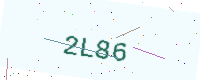
Text: 2L86